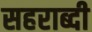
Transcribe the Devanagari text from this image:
सहराब्दी